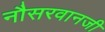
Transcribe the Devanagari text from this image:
नौसरवानजी